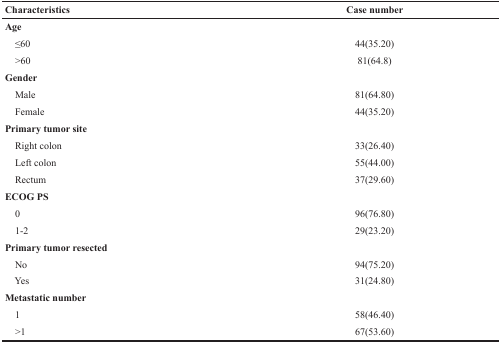
<table><thead><tr><td><b>Characteristics</b></td><td><b>Case number</b></td></tr></thead><tbody><tr><td><b>Age</b></td><td></td></tr><tr><td> ≤60</td><td>44(35.20)</td></tr><tr><td> &gt;60</td><td>81(64.8)</td></tr><tr><td><b>Gender</b></td><td></td></tr><tr><td> Male</td><td>81(64.80)</td></tr><tr><td> Female</td><td>44(35.20)</td></tr><tr><td><b>Primary tumor site</b></td><td></td></tr><tr><td> Right colon</td><td>33(26.40)</td></tr><tr><td> Left colon</td><td>55(44.00)</td></tr><tr><td> Rectum</td><td>37(29.60)</td></tr><tr><td><b>ECOG PS</b></td><td></td></tr><tr><td> 0</td><td>96(76.80)</td></tr><tr><td> 1-2</td><td>29(23.20)</td></tr><tr><td><b>Primary tumor resected</b></td><td></td></tr><tr><td> No</td><td>94(75.20)</td></tr><tr><td> Yes</td><td>31(24.80)</td></tr><tr><td><b>Metastatic number</b></td><td></td></tr><tr><td> 1</td><td>58(46.40)</td></tr><tr><td> &gt;1</td><td>67(53.60)</td></tr></tbody></table>